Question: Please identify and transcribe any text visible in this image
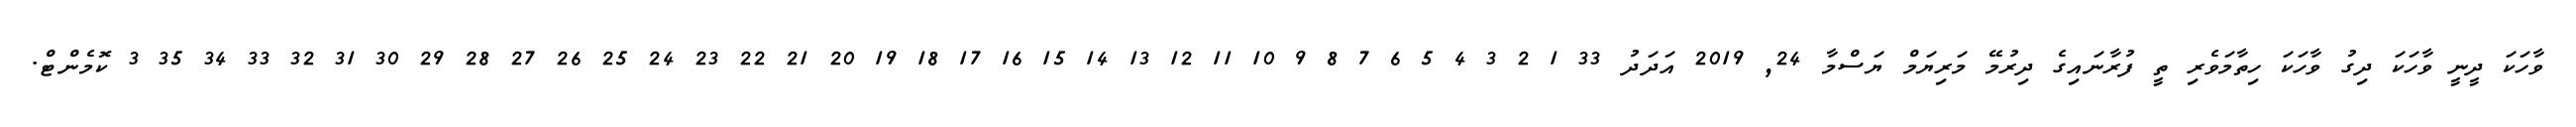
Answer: ވާހަކަ ދީނީ ވާހަކަ ދިގު ވާހަކަ ހިތާމަވެރި ތީ ފުރާނައިގެ ދިރުމޭ މަރިޔަމް ޔަސްމާ 24, 2019 އަދަދު 33 1 2 3 4 5 6 7 8 9 10 11 12 13 14 15 16 17 18 19 20 21 22 23 24 25 26 27 28 29 30 31 32 33 34 35 3 ކޮމެންޓް.